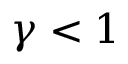
\gamma < 1